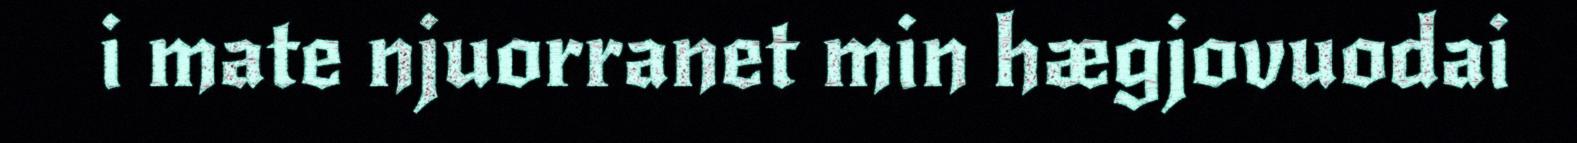
i mate njuorranet min hægjovuodai